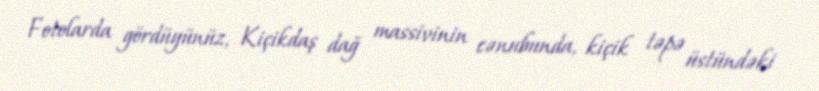
Fotolarda gördüyünüz, Kiçikdaş dağ massivinin cənubunda, kiçik təpə üstündəki